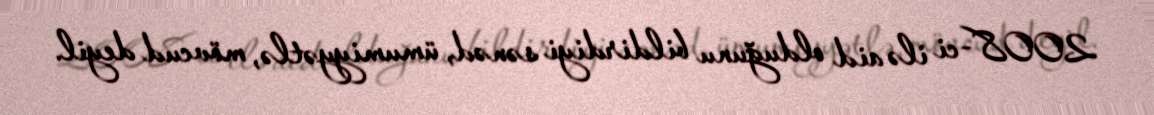
2008-ci ilə aid olduğunu bildirdiyi sənəd, ümumiyyətlə, mövcud deyil.